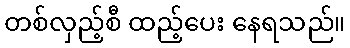
တစ်လှည့်စီ ထည့်ပေး နေရသည်။